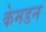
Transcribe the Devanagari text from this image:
केमडन